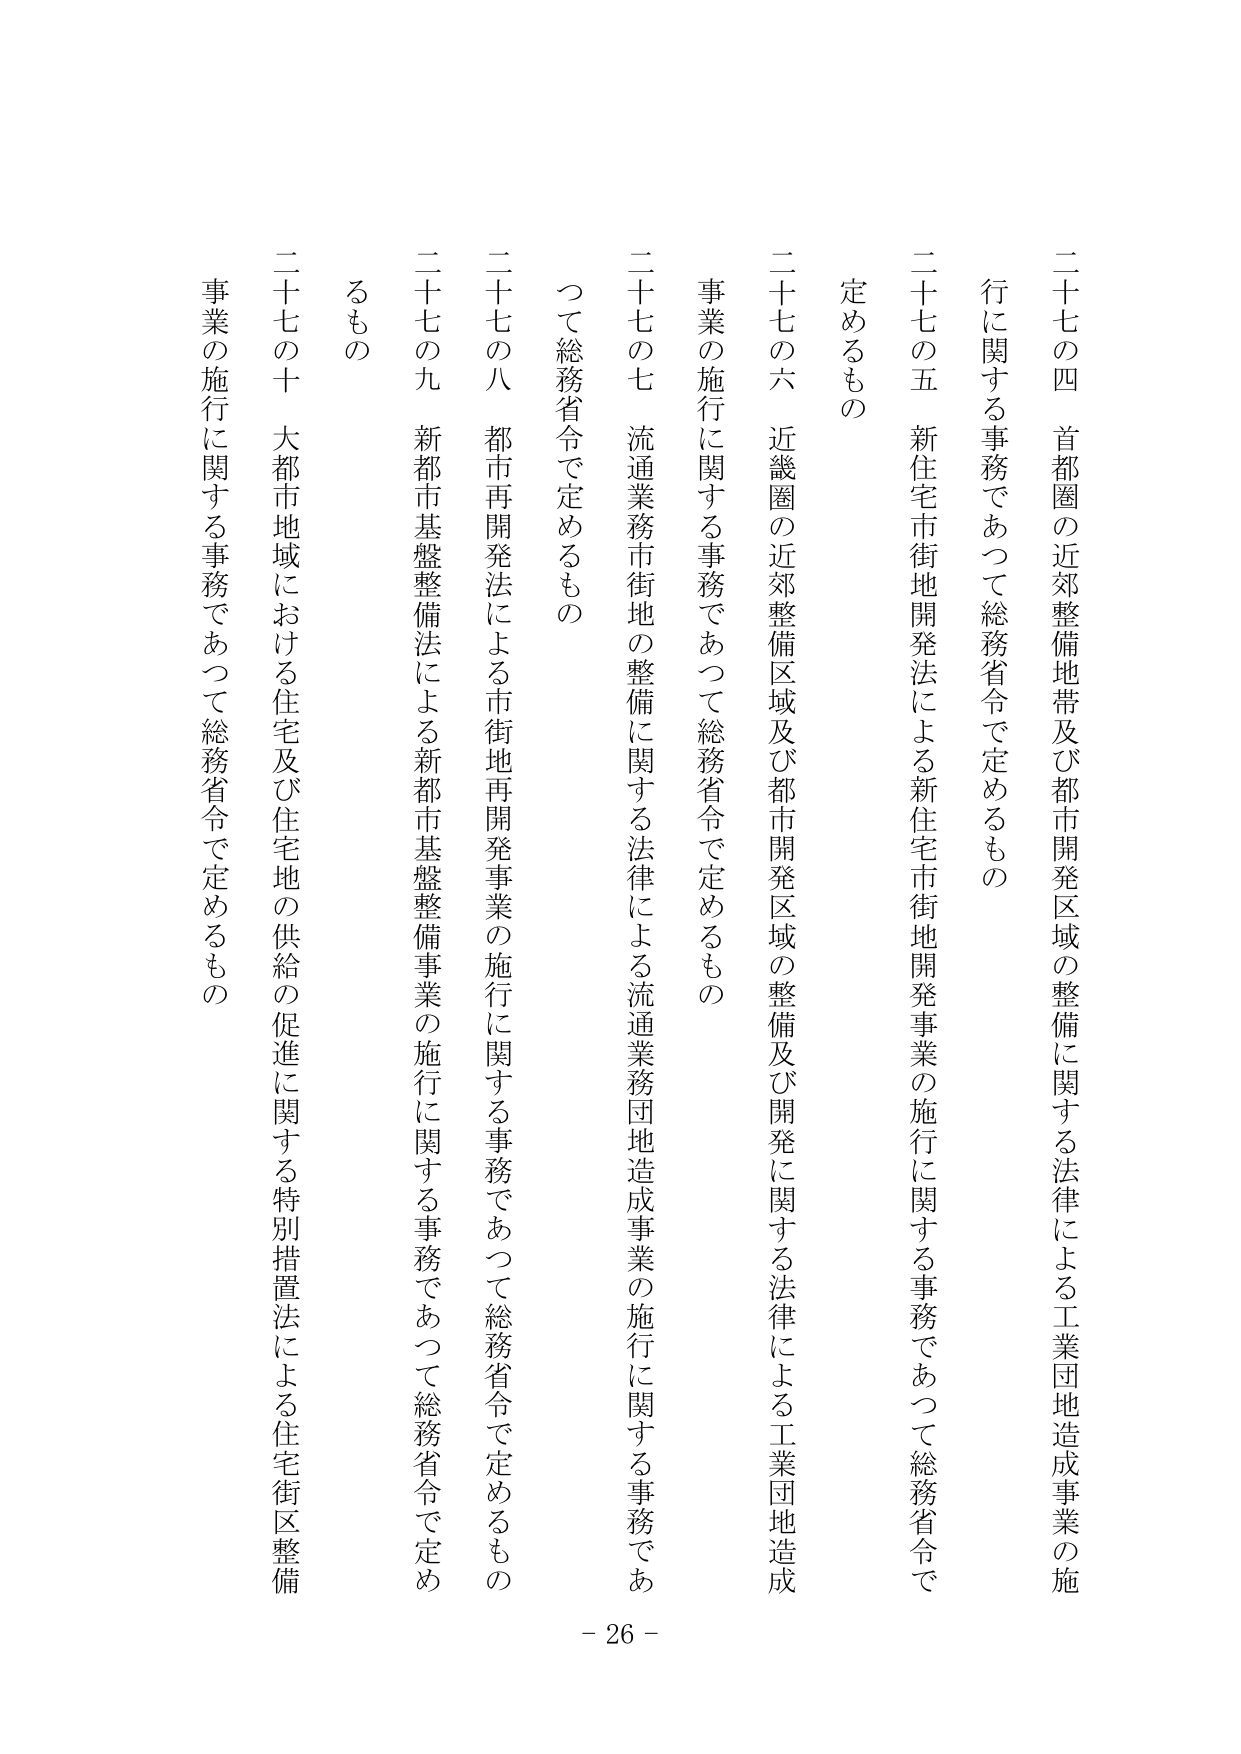
二十七の四 首都圏の近郊整備地帯及び都市開発区域の整備に関する法律による工業団地造成事業の施行に関する事務であつて総務省令で定めるもの

二十七の五 新住宅市街地開発法による新住宅市街地開発事業の施行に関する事務であつて総務省令で定めるもの

二十七の六 近畿圏の近郊整備区域及び都市開発区域の整備及び開発に関する法律による工業団地造成事業の施行に関する事務であつて総務省令で定めるもの

二十七の七 流通業務市街地の整備に関する法律による流通業務団地造成事業の施行に関する事務であつて総務省令で定めるもの

二十七の八 都市再開発法による市街地再開発事業の施行に関する事務であつて総務省令で定めるもの

二十七の九 新都市基盤整備法による新都市基盤整備事業の施行に関する事務であつて総務省令で定めるもの

二十七の十 大都市地域における住宅及び住宅地の供給の促進に関する特別措置法による住宅街区整備事業の施行に関する事務であつて総務省令で定めるもの

- 26 -